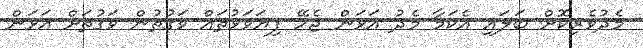
މެދުވެރިކޮށް ބަލައި އެކަމާ މެދު އަޅަން ޖެހޭ ފިޔަވަޅުތައް ވަގުތުން ވަގުތަށް އަޅަން